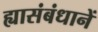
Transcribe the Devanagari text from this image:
ह्यासंबंधानें